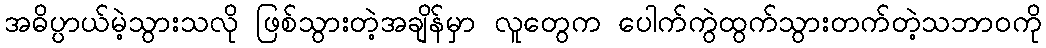
အဓိပ္ပာယ်မဲ့သွားသလို ဖြစ်သွားတဲ့အချိန်မှာ လူတွေက ပေါက်ကွဲထွက်သွားတက်တဲ့သဘာ၀ကို